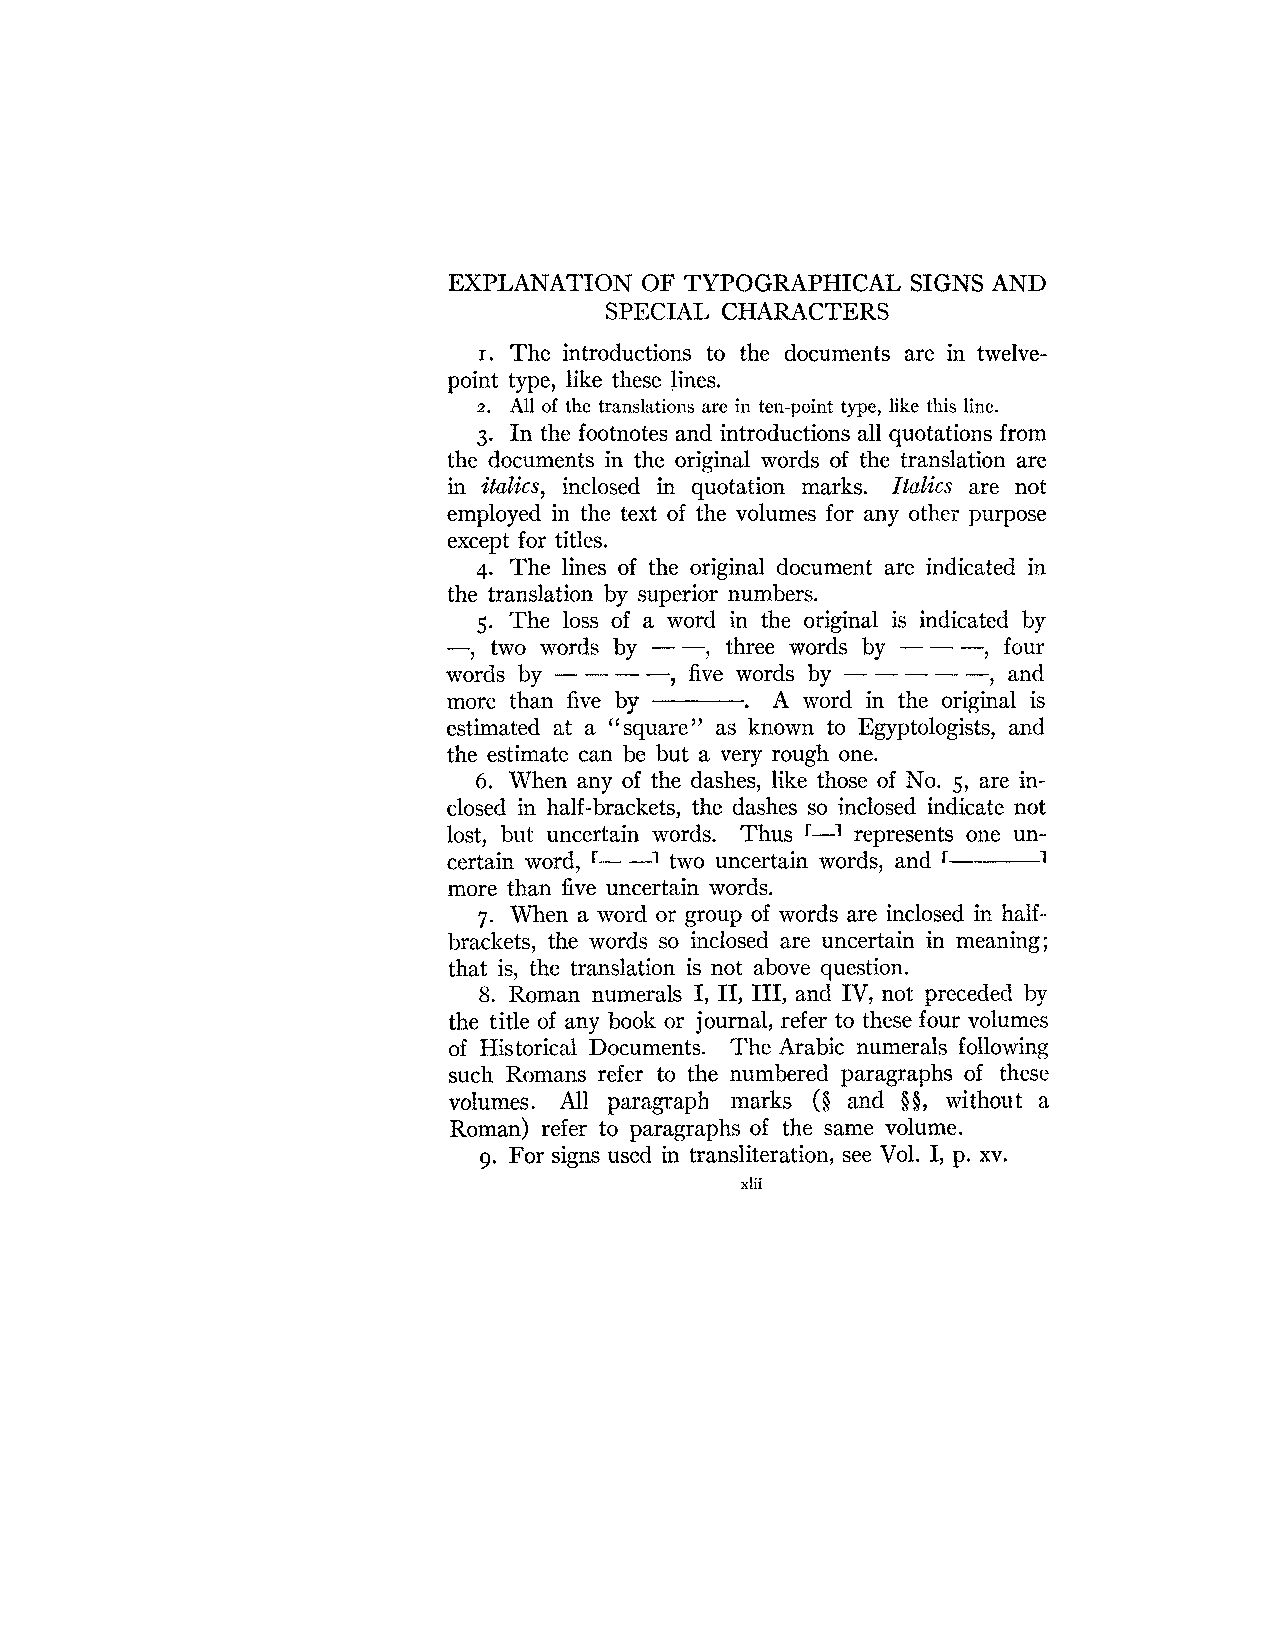
EXPLANATION  OF TYPOGRAPHICAL SIGNS AND
 SPECIAL CHARACTERS
 I. The introductions to the documents are in tweIve-
 point type, like these lines.
 2. All of the translations are in ten-point type, like this line.
 3. In the footnotes and introductions all quotations from
 the documents in the original words of the translation are
 in italics, inclosed in quotation marks. Italics are not
 employed in the text of the volumes for any other purpose
 except for titles.
 4. The lines of the original document are indicated in
 the translation by superior numbers.
 5. The loss of a word in the original is indicated by
 --, two words by - --, three words by - - -, four
 words by - - - -, five words by - - - - -, and
 .
 more than five by    A word in the original is
 estimated at a "square" as known to Egyptologists, and
 the estimate can be but a very rough one.
 6. When any of the dashes, like those of No. 5, are in-
 closed in half-brackets, the dashes so inclosed indicate not
 lost, but uncertain words. Thus '-1 represent's one un-
 certain word, r- -1 two uncertain words, and 1
 more than five uncertain words.
 7. When a word or group of words are inclosed in half-
 brackets, the words so inclosed are uncertain in meaning;
 that is, the translation is not above question.
 8. Roman numerals I, 11, 111, and IV, not preceded by
 the title of any book or journal, refer to these four volumes
 of Historical Documents. The Arabic numerals following
 such Romans refer to the numbered paragraphs of these
 volumes. All paragraph marks (8 and $5, without a
 om an) refer to paragraphs of the same volume.
 9. For signs used in transliteration, see Vol. I, p. xv.
 xlii